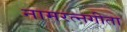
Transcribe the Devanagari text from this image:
नामरत्नगीता